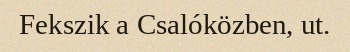
Fekszik a Csalóközben, ut.